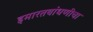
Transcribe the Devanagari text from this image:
इमारतबांधणीचा